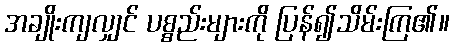
အချိုးကျလျှင် ပစ္စည်းများကို ပြန်၍သိမ်းကြ၏။